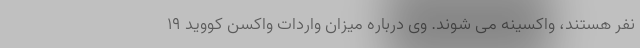
نفر هستند، واکسینه می شوند. وی درباره میزان واردات واکسن کووید ۱۹